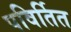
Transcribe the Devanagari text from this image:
पविर्तित